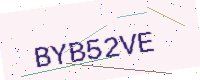
Text: BYB52VE